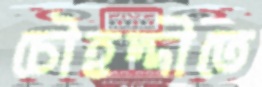
চৌহদ্দীতে